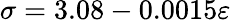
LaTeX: \sigma=3.08-0.0015\varepsilon